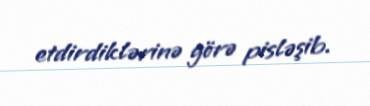
etdirdiklərinə görə pisləşib.